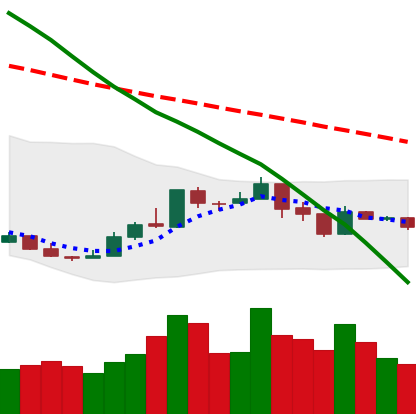
Ticker: XMR-USD
Chart end date: 2018-12-31
Forward return: 8.012%
Label: up_7plus